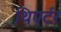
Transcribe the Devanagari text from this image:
थिएर्टर